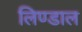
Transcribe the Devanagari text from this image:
लिण्डाल